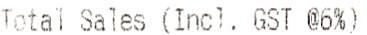
TOTAL SALES (INCL. GST @6%)